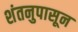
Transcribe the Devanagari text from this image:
शंतनुपासून